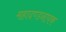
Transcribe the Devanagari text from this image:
महादण्डनायक